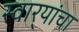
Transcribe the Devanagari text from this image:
स्वार्‍यांचा